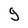
Character: g